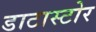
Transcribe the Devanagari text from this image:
डाटास्टोर